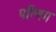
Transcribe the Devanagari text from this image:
परिणग